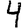
Digit: 4